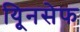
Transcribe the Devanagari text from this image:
यिूनसेफ